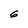
Character: 6